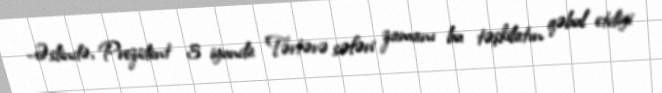
-Əslində, Prezident 3 iyunda Tərtərə səfəri zamanı bu təşkilatın qəbul etdiyi